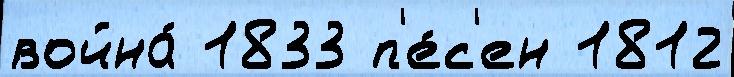
война́ 1833 п'е́с'ен 1812